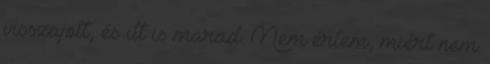
visszajött, és itt is marad. Nem értem, miért nem